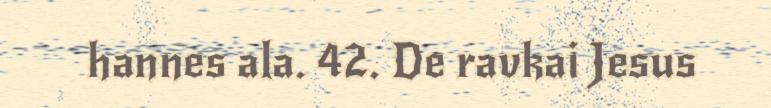
hannes ala. 42. De ravkai Jesus